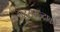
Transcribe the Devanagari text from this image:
अहुरामज्दाको